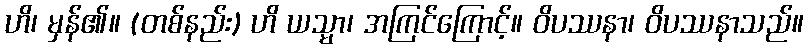
ဟိ၊ မှန်၏။ (တစ်နည်း) ဟိ ယသ္မာ၊ အကြင်ကြောင့်။ ဝိပဿနာ၊ ဝိပဿနာသည်။